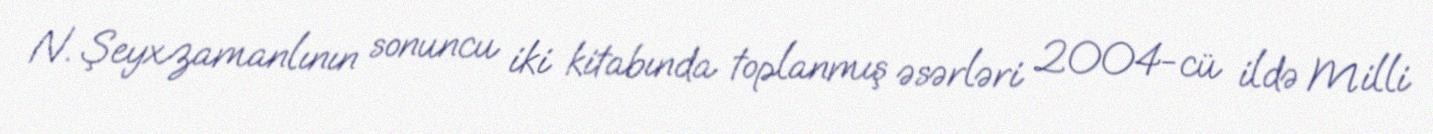
N. Şeyxzamanlının sonuncu iki kitabında toplanmış əsərləri 2004-cü ildə Milli